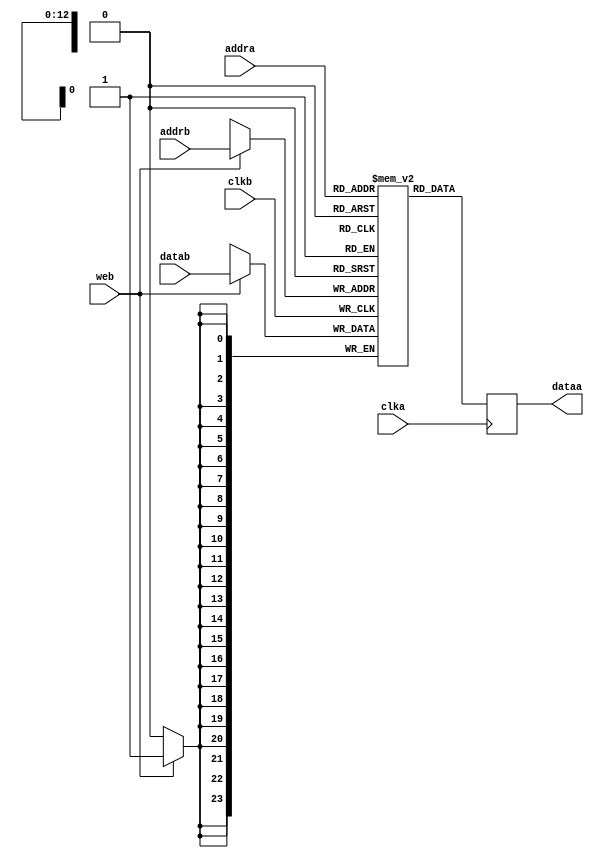
module vmem8192x24 (
	input clka,clkb,web,
	input [12:0] addra,addrb,
	input [23:0] datab,
	output reg [23:0] dataa
	);
	
reg [23:0] mem[8191:0];

always @(posedge clka) dataa <= mem[addra];

always @(posedge clkb) if (web) mem[addrb] <= datab;

endmodule